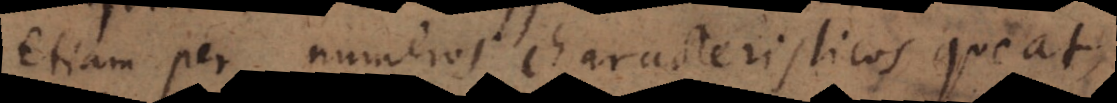
etiam per numeros characteristicos queat,